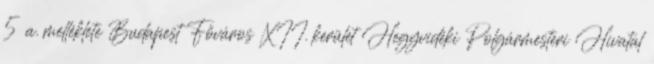
5 a. melléklete Budapest Főváros XII. kerület Hegyvidéki Polgármesteri Hivatal